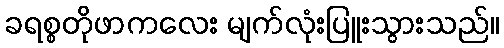
ခရစ္စတိုဖာကလေး မျက်လုံးပြူးသွားသည်။